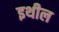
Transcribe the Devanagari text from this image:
इथील